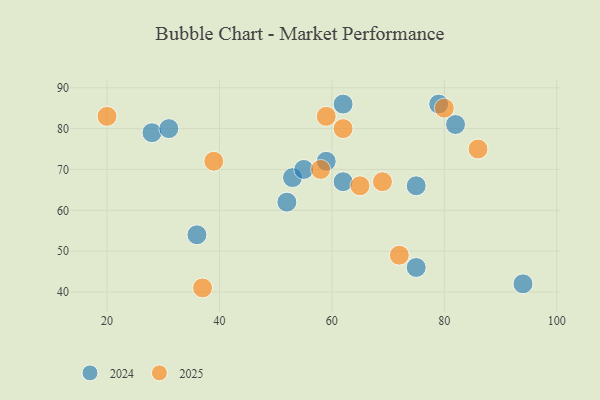
{"axis": {"x": "GDP", "y": "Life Expectancy"}, "legend": ["2024", "2025"], "data": [{"x": "94", "y": 42, "type": "2024"}, {"x": "75", "y": 66, "type": "2024"}, {"x": "62", "y": 67, "type": "2024"}, {"x": "53", "y": 68, "type": "2024"}, {"x": "75", "y": 46, "type": "2024"}, {"x": "36", "y": 54, "type": "2024"}, {"x": "62", "y": 86, "type": "2024"}, {"x": "28", "y": 79, "type": "2024"}, {"x": "79", "y": 86, "type": "2024"}, {"x": "82", "y": 81, "type": "2024"}, {"x": "31", "y": 80, "type": "2024"}, {"x": "52", "y": 62, "type": "2024"}, {"x": "59", "y": 72, "type": "2024"}, {"x": "55", "y": 70, "type": "2024"}, {"x": "80", "y": 85, "type": "2025"}, {"x": "58", "y": 70, "type": "2025"}, {"x": "65", "y": 66, "type": "2025"}, {"x": "72", "y": 49, "type": "2025"}, {"x": "62", "y": 80, "type": "2025"}, {"x": "69", "y": 67, "type": "2025"}, {"x": "39", "y": 72, "type": "2025"}, {"x": "37", "y": 41, "type": "2025"}, {"x": "59", "y": 83, "type": "2025"}, {"x": "20", "y": 83, "type": "2025"}, {"x": "86", "y": 75, "type": "2025"}]}